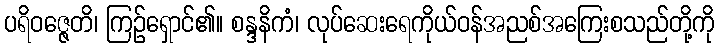
ပရိဝဇ္ဇေတိ၊ ကြဉ်ရှောင်၏။ စန္ဒနိကံ၊ လုပ်ဆေးရေကိုယ်ဝန်အညစ်အကြေးစသည်တို့ကို